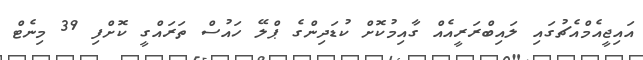
އައިޖީއެމްއެޗުގައި ލައިބްރަރީއެއް ގާއިމުކޮށް ކުޑަދިންގެ ޕްލޭ ހައުސް ތަރައްގީ ކޮށްފި 39 މިނެޓް